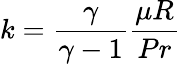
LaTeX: {k}=\frac{\gamma}{\gamma-1}\frac{{{\mu}}{R}}{Pr}